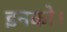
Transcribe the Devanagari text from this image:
इनको।